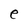
Character: e